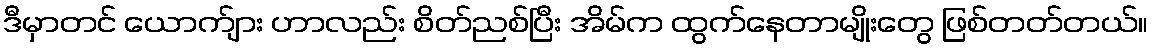
ဒီမှာတင် ယောက်ျား ဟာလည်း စိတ်ညစ်ပြီး အိမ်က ထွက်နေတာမျိုးတွေ ဖြစ်တတ်တယ်။